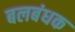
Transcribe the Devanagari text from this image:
बलबंधक